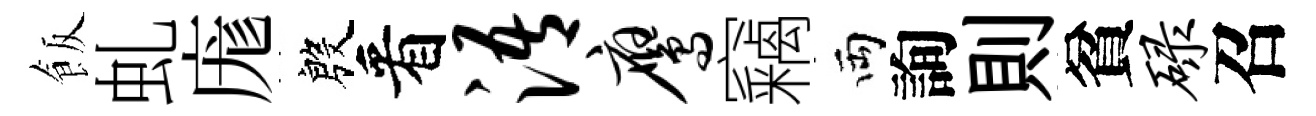
飯虬庬殷看浯鹰竊両詢則貧碌召